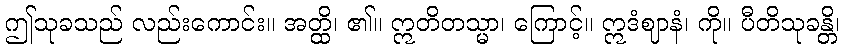
ဤသုခသည် လည်းကောင်း။ အတ္ထိ၊ ၏။ ဣတိတသ္မာ၊ ကြောင့်။ ဣဒံဈာနံ၊ ကို။ ပီတိသုခန္တိ၊